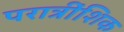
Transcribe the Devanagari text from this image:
परात्रींशिक